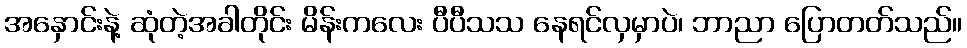
အနှောင်းနဲ့ ဆုံတဲ့အခါတိုင်း မိန်းကလေး ပီပီသသ နေရင်လှမှာပဲ၊ ဘာညာ ပြောတတ်သည်။